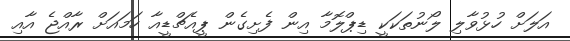
އަލަށް ހުޅުވާލި ލޯނުތަކަކީ ޑިޕްލޮމާ އިން ފެށިގެން ޕީއެޗްޑީއާ ހަމައަށް ރާއްޖެ އާއި